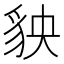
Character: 𧲱